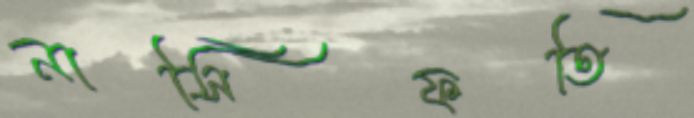
নাসিফতি